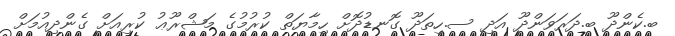
ބ.ކެންދޫ ބ.ދަރަވަންދޫ އަދި ސ.ހިތަދޫ ގޮނޑުދޮށް ހިމާޔަތް ކުރުމުގެ މަޝްރޫޢު ކުރިއަށް ގެންދިއުމަށް